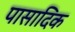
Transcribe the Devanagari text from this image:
पासादिक